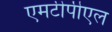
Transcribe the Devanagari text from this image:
एमटीपीएल